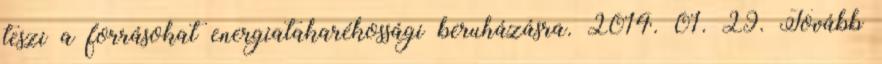
teszi a forrásokat energiatakarékossági beruházásra. 2014. 01. 29. Tovább